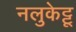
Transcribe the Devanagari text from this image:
नलुकेट्टू